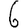
Digit: 6